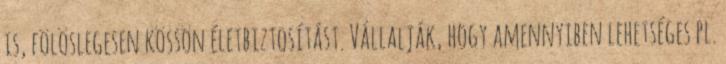
is, fölöslegesen kössön életbiztosítást. Vállalják, hogy amennyiben lehetséges pl.